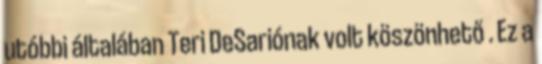
utóbbi általában Teri DeSariónak volt köszönhető . Ez a